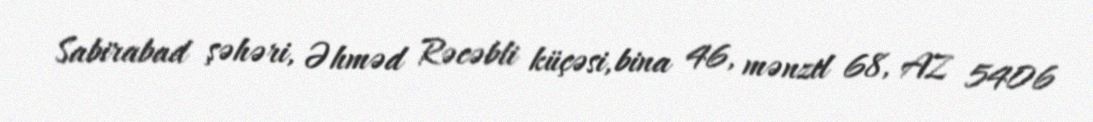
Sabirabad şəhəri, Əhməd Rəcəbli küçəsi, bina 46, mənzil 68, AZ 5406